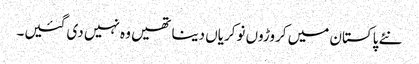
نئے پاکستان میں کروڑوں نوکریاں دینا تھیں وہ نہیں دی گئیں۔